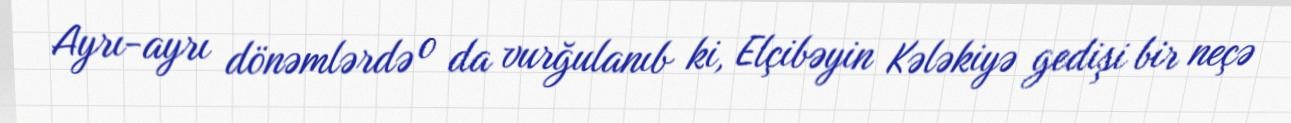
Ayrı-ayrı dönəmlərdə o da vurğulanıb ki, Elçibəyin Kələkiyə gedişi bir neçə